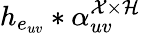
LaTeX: h_{e_{uv}}*\alpha_{uv}^{\mathcal{X}\times\mathcal{H}}